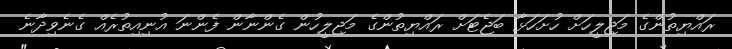
ރައްޔިތުންގެ މަޖިލީހަށް ހުށަހަޅާ ބަޖެޓަށް ރައްޔިތުންގެ މަޖިލީހުން ގެންނާން ފެންނަ އުނިއިތުރެއް ގެނެވިދާނެ